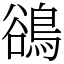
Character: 鵒